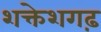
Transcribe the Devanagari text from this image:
शक्तेशगढ़